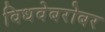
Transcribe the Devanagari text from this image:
विधवेबरोबर